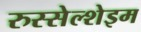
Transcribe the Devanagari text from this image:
रुस्सेल्शेइम